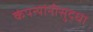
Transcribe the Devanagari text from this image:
कंपन्यांनीसुद्धा